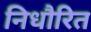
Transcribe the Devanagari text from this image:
निधौरित